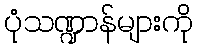
ပုံသဏ္ဍာန်များကို